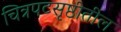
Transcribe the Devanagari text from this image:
चित्रपटसृष्ठीतील